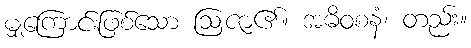
မျှကြောင်းဖြစ်သော ဩဇာ၏။ အဓိဝစနံ၊ တည်း။